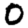
Digit: 0